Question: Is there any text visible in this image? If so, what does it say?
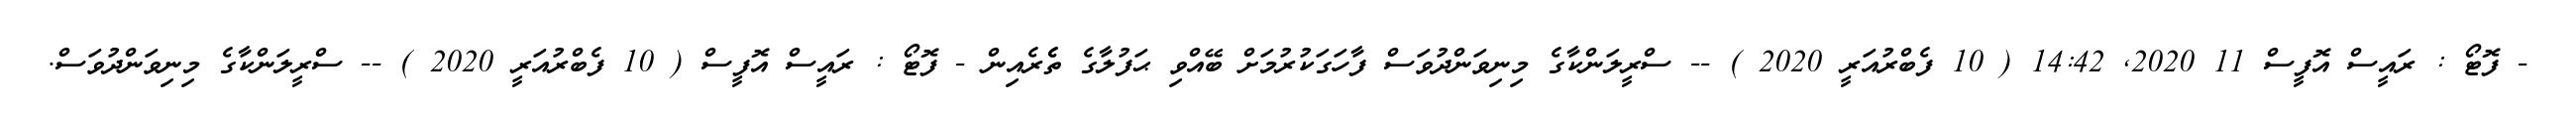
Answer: - ފޮޓޯ : ރައީސް އޮފީސް 11 2020, 14:42 ( 10 ފެބްރުއަރީ 2020 ) -- ސްރީލަންކާގެ މިނިވަންދުވަސް ފާހަގަކުރުމަށް ބޭއްވި ޙަފުލާގެ ތެެރެއިން - ފޮޓޯ : ރައީސް އޮފީސް ( 10 ފެބްރުއަރީ 2020 ) -- ސްރީލަންކާގެ މިނިވަންދުވަސް.